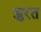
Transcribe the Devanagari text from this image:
झुरत